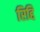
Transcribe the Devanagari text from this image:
रिद्दि